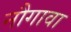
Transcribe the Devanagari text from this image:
नौगावा